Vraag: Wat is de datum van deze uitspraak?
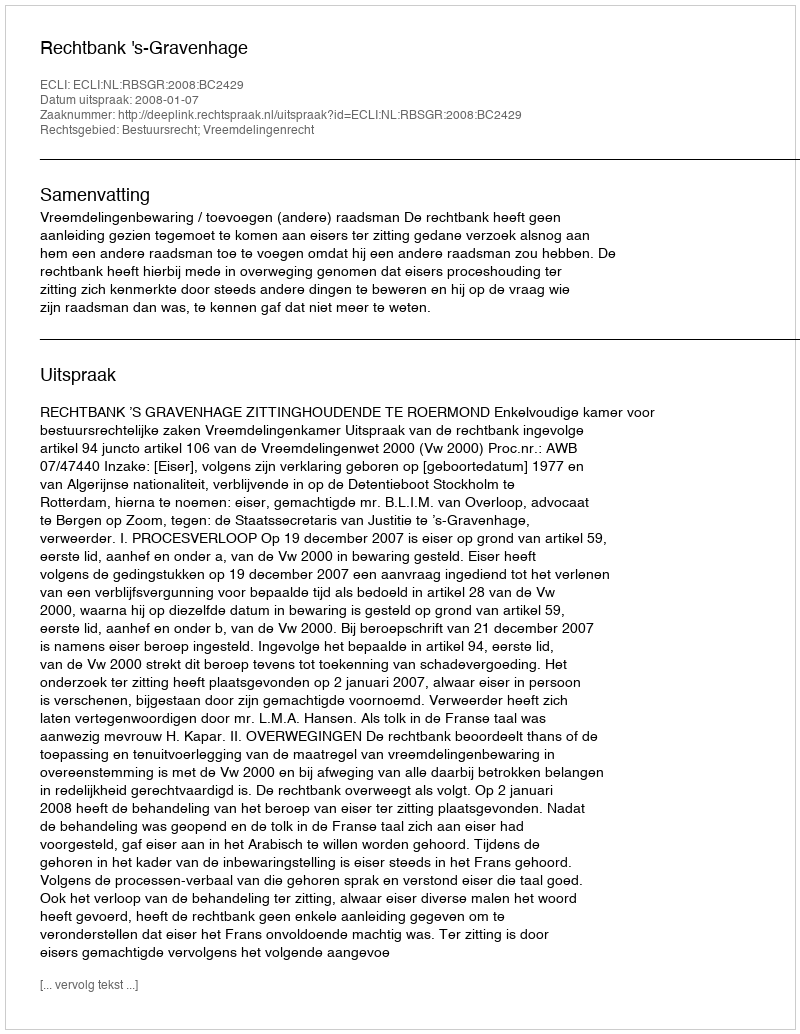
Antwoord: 2008-01-07